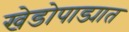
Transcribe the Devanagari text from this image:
खेडोपाड्यात